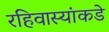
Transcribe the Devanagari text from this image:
रहिवास्यांकडे